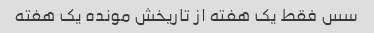
سس فقط یک هفته از تاریخش مونده یک هفته